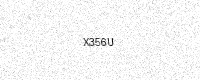
Text: X356U